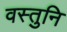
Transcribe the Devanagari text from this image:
वस्तुनि